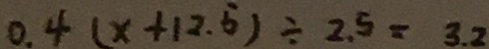
0 . 4 ( x + 1 2 . 5 ) \div 2 . 5 = 3 . 2